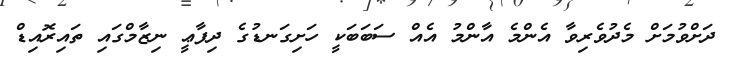
ދަށްވުމަށް މެދުވެރިވާ އެންމެ އާންމު އެއް ސަބަބަކީ ހަށިގަނޑުގެ ދިފާޢީ ނިޒާމްގައި ތައިރޮއިޑް